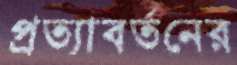
প্রত্যাবর্তনের